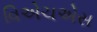
વિએચએસ